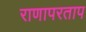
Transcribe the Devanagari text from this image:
राणापरताप